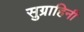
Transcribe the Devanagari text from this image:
सुग्राहिनी